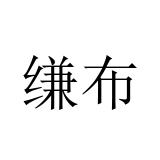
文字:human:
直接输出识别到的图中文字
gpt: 缣布